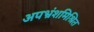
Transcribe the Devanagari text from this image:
अपभ्रंशमिश्रित